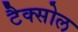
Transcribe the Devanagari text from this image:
टैक्सोल